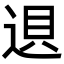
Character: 䢙